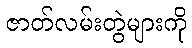
ဇာတ်လမ်းတွဲများကို